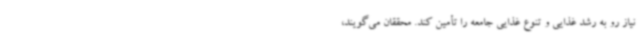
نیاز رو به رشد غذایی و تنوع غذایی جامعه را تأمین کند. محققان می‌گویند،